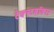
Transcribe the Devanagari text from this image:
टेक्स्टबॉक्स